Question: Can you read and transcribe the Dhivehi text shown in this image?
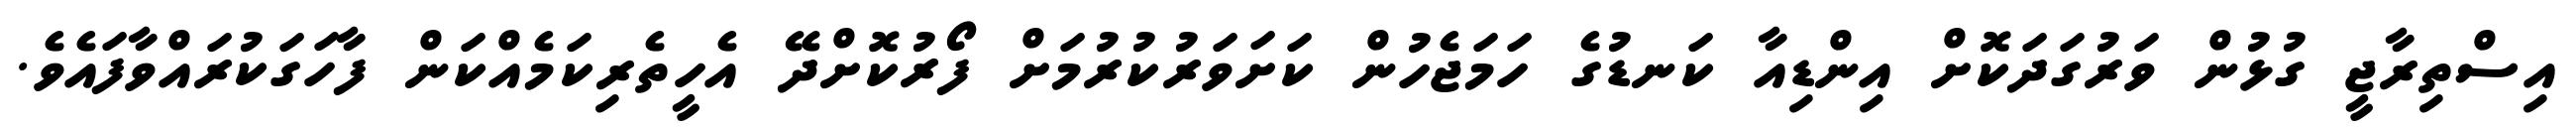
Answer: އިސްތިރާޖީ ގުޅުން ވަރުގަދަކޮށް އިންޑިއާ ކަނޑުގެ ހަމަޖެހުން ކަށަވަރުކުރުމަށް ފޯރުކޮށްދޭ އެހީތެރިކަމެއްކަން ފާހަގަކުރައްވާފައެވެ.